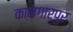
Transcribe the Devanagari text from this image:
कामगारपुर